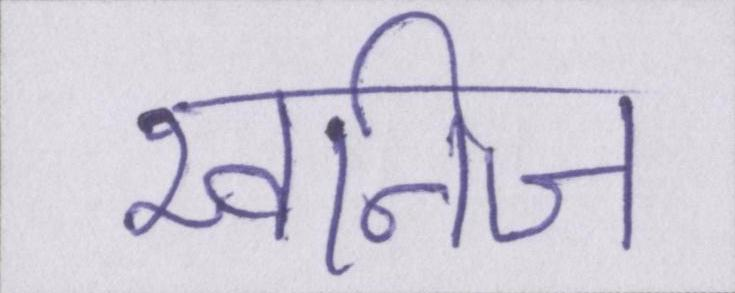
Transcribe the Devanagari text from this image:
खनिज